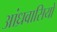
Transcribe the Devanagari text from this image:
आंध्रवासियों